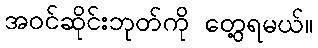
အဝင်ဆိုင်းဘုတ်ကို တွေ့ရမယ်။